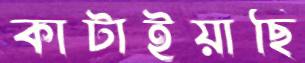
কাটাইয়াছি